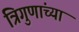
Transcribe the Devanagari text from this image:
त्रिगुणांच्या